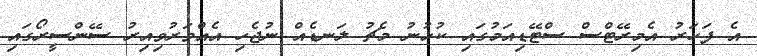
އެ ފަހަރު އެމިރޭޓްސް ސްޓޭޑިއަމުގައި ކުޅުނު މެޗު ލަނޑެއް ނުޖެހި އެއްވަރުވިއިރު ސޭންސީރޯގައި